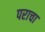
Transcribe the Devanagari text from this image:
पराचा